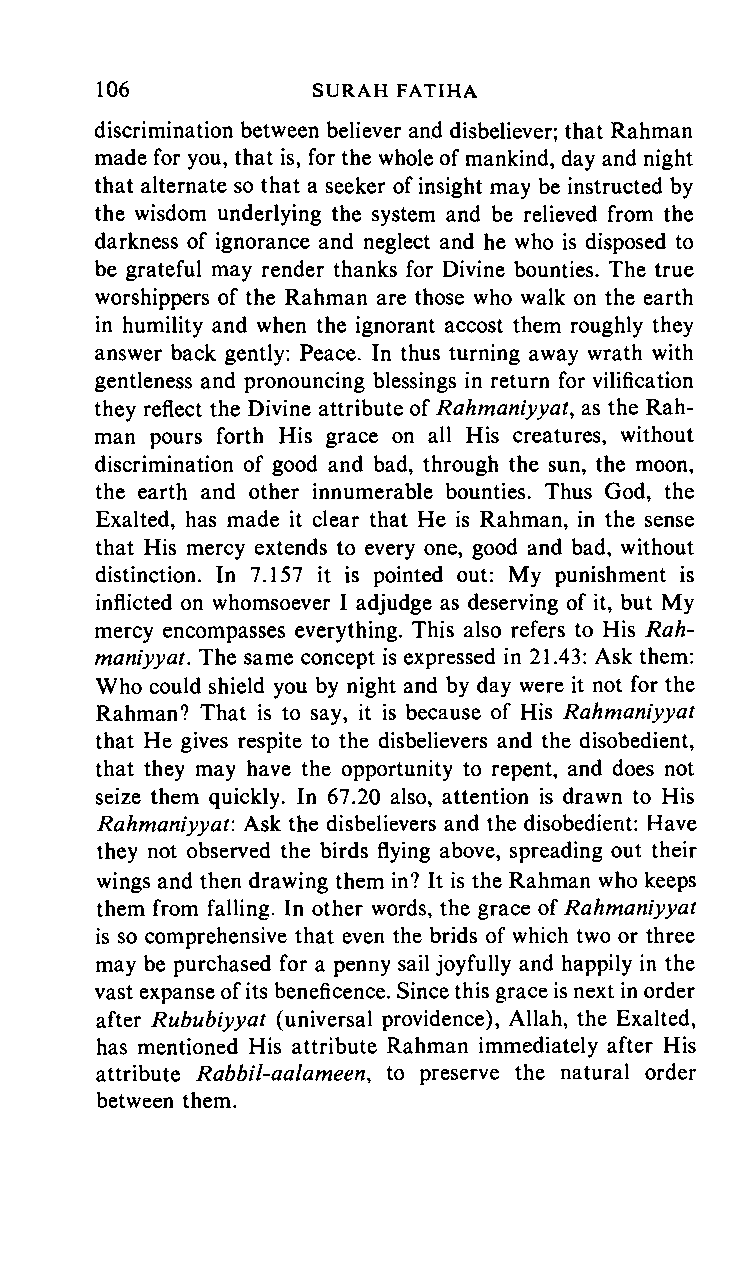
106     SURAH      FATIHA
 discrimination between believer and disbeliever; that Rahman
 made for you, that is, for the whole of mankind, day and night
 that alternate so that a seeker of insight may be instructed by
 the wisdom underlying the system and be relieved from the
 darkness of ignorance and neglect and he who is disposed to
 be grateful may render thanks for Divine bounties. The true
 worshippers of the Rahman are those who walk on the earth
 in humility and when the ignorant accost them roughly they
 answer back gently: Peace. In thus turning away wrath with
 gentleness and pronouncing blessings in return for vilification
 they reflect the Divine attribute of Rahmaniyyat, as the Rah
 man pours forth His grace on all His creatures, without
 discrimination of good and bad, through the sun, the moon,
 the earth and other innumerable bounties. Thus God, the
 Exalted, has made it clear that He is Rahman, in the sense
 that His mercy extends to every one, good and bad, without
 distinction. In 7.157 it is pointed out: My punishment is
 inflicted on whomsoever I adjudge as deserving of it, but My
 mercy encompasses everything. This also refers to His Rah
 maniyyat. The same concept is expressed in 21.43: Ask them:
 Who could shield you by night and by day were it not for the
 Rahman? That is to say, it is because of His Rahmaniyyat
 that He gives respite to the disbelievers and the disobedient,
 that they may have the opportunity to repent, and does not
 seize them quickly. In 67.20 also, attention is drawn to His
 Rahmaniyyat: Ask the disbelievers and the disobedient: Have
 they not observed the birds flying above, spreading out their
 wings and then drawing them in? It is the Rahman who keeps
 them from falling. In other words, the grace of Rahmaniyyat
 is so comprehensive that even the brids of which two or three
 may be purchased for a penny sail joyfully and happily in the
 vast expanse of its beneficence. Since this grace is next in order
 after Rububiyyat (universal providence), Allah, the Exalted,
 has mentioned His attribute Rahman immediately after His
 attribute Rabbil-aalameen, to preserve the natural order
 between them.